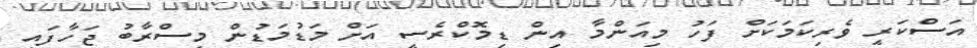
އަސްކަރީ ވެރިކަމަކަށް ފަހު މިއަންމާ އިން ޑިމޮކްރެސީ އަށް މަޑުމަޑުން މިސްރާބު ޖަހާފައި